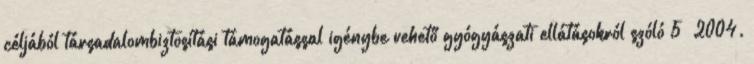
céljából társadalombiztosítási támogatással igénybe vehető gyógyászati ellátásokról szóló 5 2004.